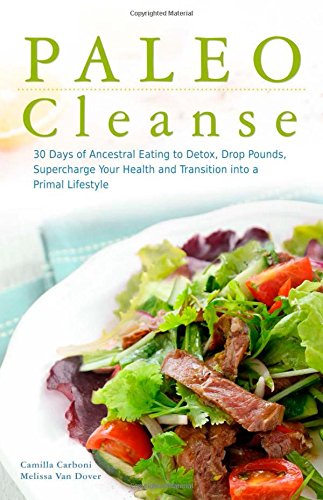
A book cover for Paleo Cleanse: 30 Days of Ancestral Eating to Detox, Drop Pounds, Supercharge Your Health and Transition into a Primal Lifestyle; Camilla Carboni; Cookbooks, Food & Wine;